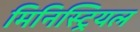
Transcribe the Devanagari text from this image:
मिनिस्ट्रियल